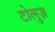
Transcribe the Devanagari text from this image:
टोलुज़